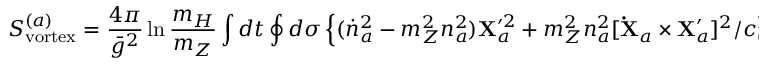
S _ { \mathrm { v o r t e x } } ^ { ( a ) } = { \frac { 4 \pi } { \bar { g } ^ { 2 } } } \ln { \frac { m _ { H } } { m _ { Z } } } \int d t \oint d \sigma \left\{ ( \dot { n } _ { a } ^ { 2 } - m _ { Z } ^ { 2 } n _ { a } ^ { 2 } ) { \bf X } _ { a } ^ { \prime 2 } + m _ { Z } ^ { 2 } n _ { a } ^ { 2 } [ { \bf \dot { X } } _ { a } \times { \bf X } _ { a } ^ { \prime } ] ^ { 2 } / c _ { 0 } ^ { 2 } \right\} .